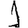
Digit: 1